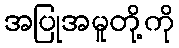
အပြုအမူတို့ကို